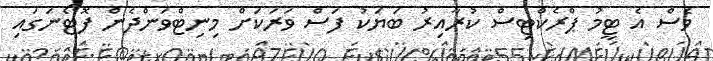
ވެސް އެ ޓީމު ޕްރެކްޓިސް ކުރާއިރު ބަޔަކު ފަސް ވަރަކަށް މިނިޓްވަންދެން ފޮޓޯނަގައި